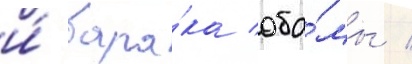
и́ бара́ка оба́мы /